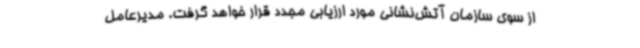
از سوی سازمان آتش‌نشانی مورد ارزیابی مجدد قرار خواهد گرفت. مدیرعامل